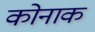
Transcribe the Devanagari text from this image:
कोनाक